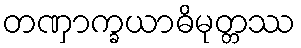
တဏှာက္ခယာဓိမုတ္တဿ